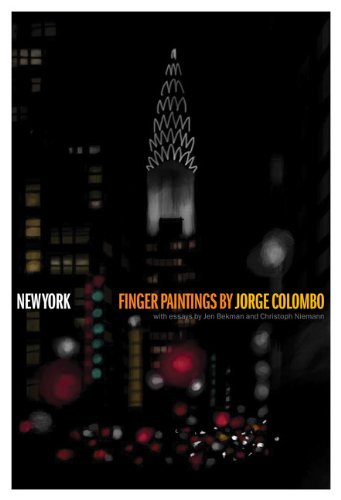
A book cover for New York: Finger Paintings by Jorge Colombo; Jorge Colombo; Arts & Photography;